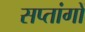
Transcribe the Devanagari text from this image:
सप्तांगों